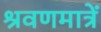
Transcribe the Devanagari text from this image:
श्रवणमात्रें